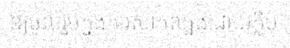
ឱ្យចូលរួមក្នុងការសាកល្បងដោយក្លឹប